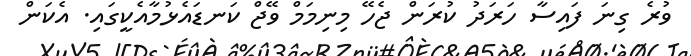
ވުރެ ގިނަ ފައިސާ ހަރަދު ކުރަން ޖެހޭ މިނިމަމް ވޭޖް ކަނޑައެޅުމާއެކީގައި. އެކަން